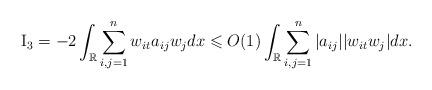
LaTeX: \begin{align*}{\rm{I}}_3 =- 2\int_\mathbb{R} \sum_{i,j=1}^n w_{it} a_{ij} w_j dx\leqslant O(1)\int_\mathbb{R} \sum_{i,j=1}^n |a_{ij}|| w_{it} w_j| dx.\end{align*}